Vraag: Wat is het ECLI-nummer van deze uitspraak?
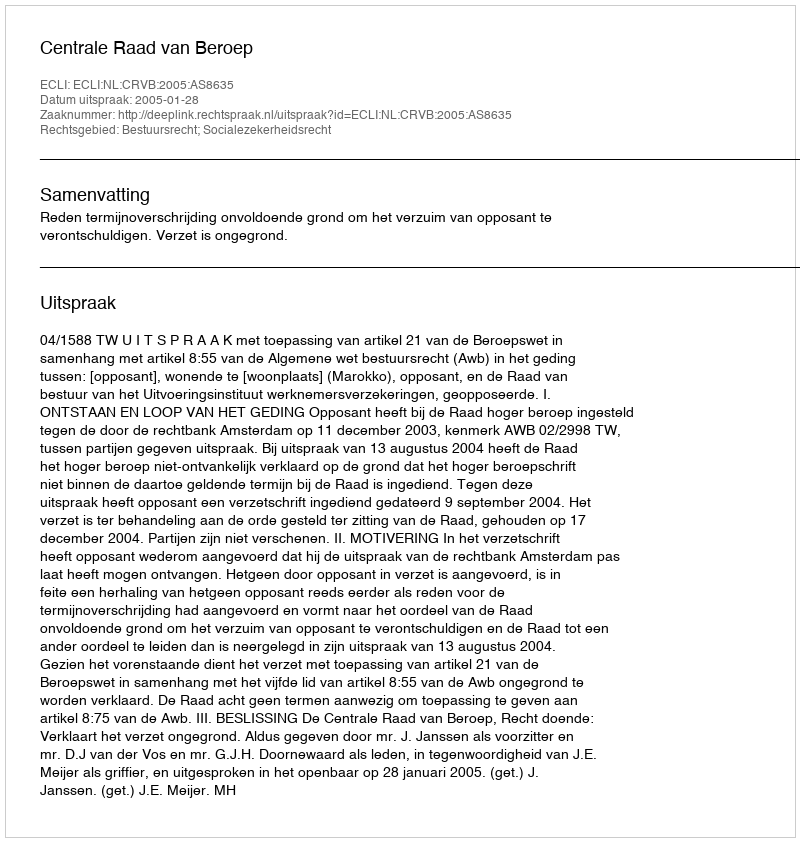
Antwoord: ECLI:NL:CRVB:2005:AS8635